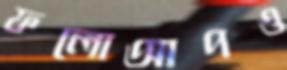
ফলোআপও